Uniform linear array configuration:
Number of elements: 32
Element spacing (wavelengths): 0.75
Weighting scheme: exponential
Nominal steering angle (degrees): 60
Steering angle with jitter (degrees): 60.838
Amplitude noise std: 0.05
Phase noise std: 0.05

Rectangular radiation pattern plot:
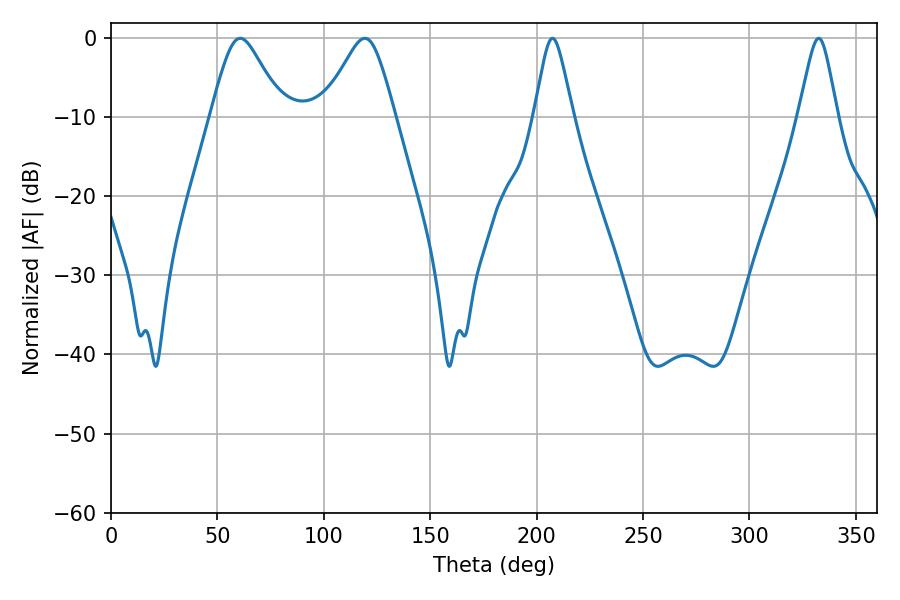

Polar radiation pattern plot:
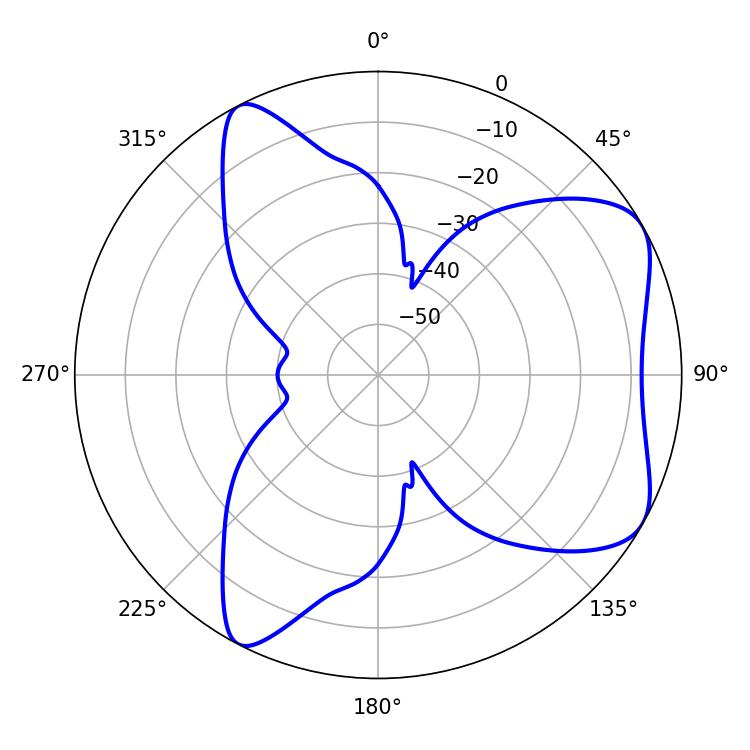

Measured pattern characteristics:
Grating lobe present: TRUE
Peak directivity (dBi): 6.368
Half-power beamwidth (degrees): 16.38
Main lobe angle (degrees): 60.66